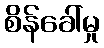
စိန်ခေါ်မှု